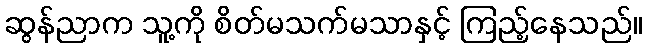
ဆွန်ညာက သူ့ကို စိတ်မသက်မသာနှင့် ကြည့်နေသည်။